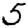
Digit: 5